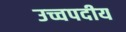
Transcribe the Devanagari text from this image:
उच्चपदीय